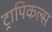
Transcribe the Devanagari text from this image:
ट्रापिकल्स